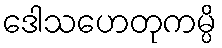
ဒေါသဟေတုကမ္ပိ